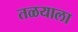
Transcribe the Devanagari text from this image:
तळयाला